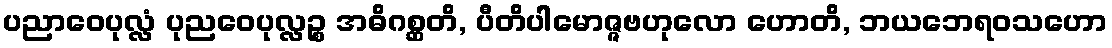
ပညာဝေပုလ္လံ ပုညဝေပုလ္လဉ္စ အဓိဂစ္ဆတိ, ပီတိပါမောဇ္ဇဗဟုလော ဟောတိ, ဘယဘေရဝသဟော